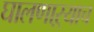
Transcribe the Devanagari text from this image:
घालणाऱ्याच